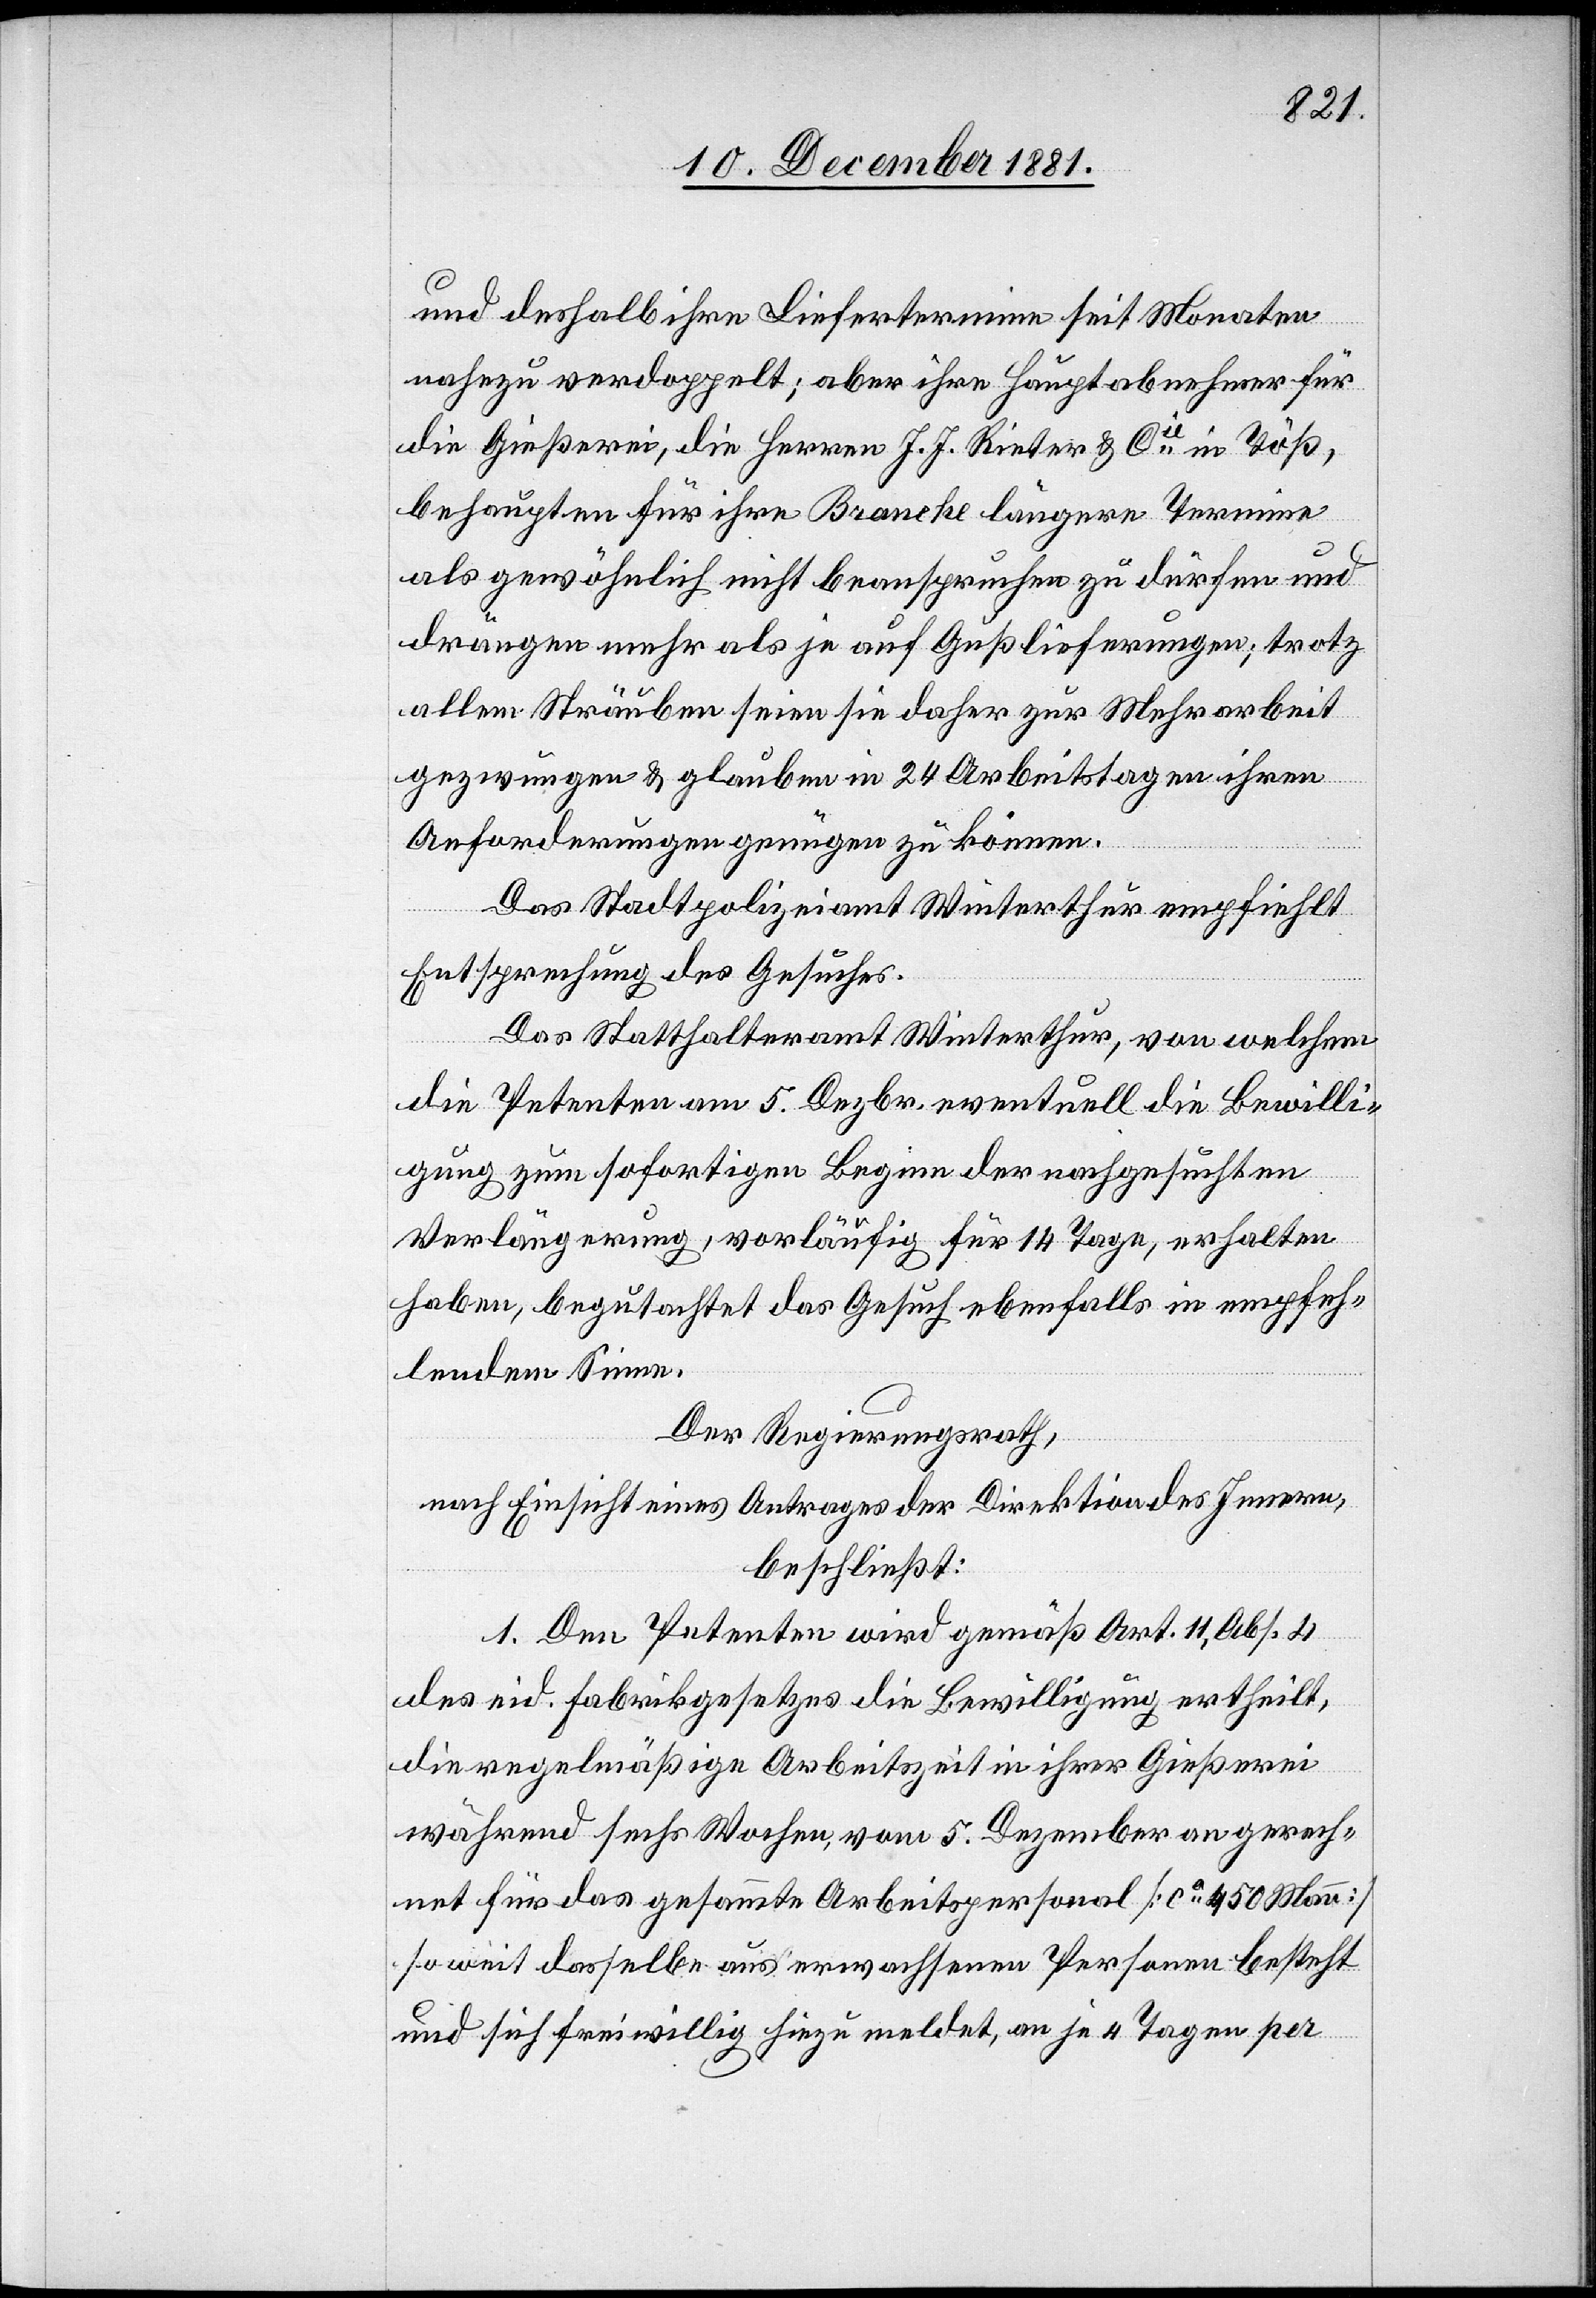
und deshalb ihre Liefertermine seit Monaten
nahezu verdoppelt; aber ihre Hauptabnehmer für
die Gießerei, die Herren J. J. Rieter & Cie in Töß,
behaupten für ihre Branche längere Termine
als gewöhnlich nicht beanspruchen zu dürfen und
drängen mehr als je auf Gußlieferungen; trotz
allem Sträuben seien sie daher zur Mehrarbeit
gezwungen & glauben in 24 Arbeitstagen ihren
Anforderungen genügen zu können.
Das Stadtpolizeiamt Winterthur empfiehlt
Entsprechung des Gesuches.
Das Statthalteramt Winterthur, von welchem
die Petenten am 5. Dezbr. eventuell die Bewilli¬
gung zum sofortigen Beginn der nachgesuchten
Verlängerung, vorläufig für 14 Tage, erhalten
haben, begutachtet das Gesuch ebenfalls in empfeh¬
lendem Sinne.
Der Regierungsrath,
nach Einsicht eines Antrages der Direktion des Innern,
beschließt:
1. Den Petenten wird gemäß Art. 11, Abs. 4
des eid. Fabrikgesetzes die Bewilligung ertheilt,
die regelmäßige Arbeitszeit in ihrer Gießerei
während sechs Wochen, vom 5. Dezember an gerech¬
net für das gesammte Arbeitspersonal [ca 450 Mann]
soweit dasselbe aus erwachsenen Personen besteht
und sich freiwillig hiezu meldet, an je 4 Tagen per